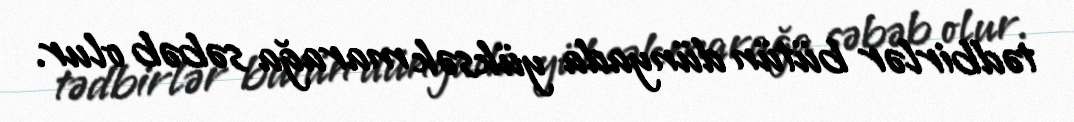
tədbirlər bütün dünyada yüksək marağa səbəb olur.